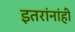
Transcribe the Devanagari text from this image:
इतरांनांही